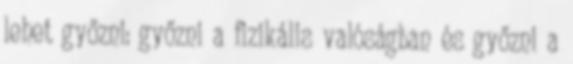
lehet győzni: győzni a fizikális valóságban és győzni a